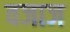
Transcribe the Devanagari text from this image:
वजाज